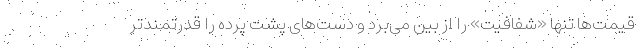
قیمت‌ها تنها «شفافیت» را از بین می‌برد و دست‌های پشت پرده را قدرتمندتر